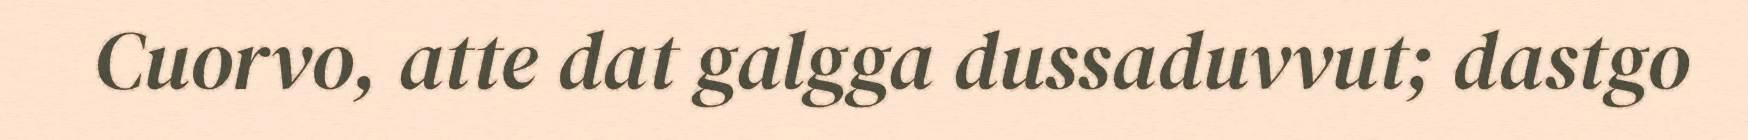
Cuorvo, atte dat galgga dussaduvvut; dastgo